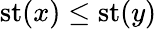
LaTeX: \operatorname{st}(x)\leq\operatorname{st}(y)